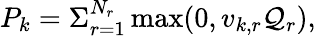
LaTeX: P_{k}=\Sigma_{r=1}^{N_{r}}\operatorname*{max}(0,v_{k,r}\mathcal{Q}_{r}),